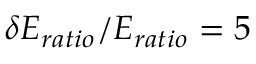
\delta E _ { r a t i o } / E _ { r a t i o } = 5 \, \